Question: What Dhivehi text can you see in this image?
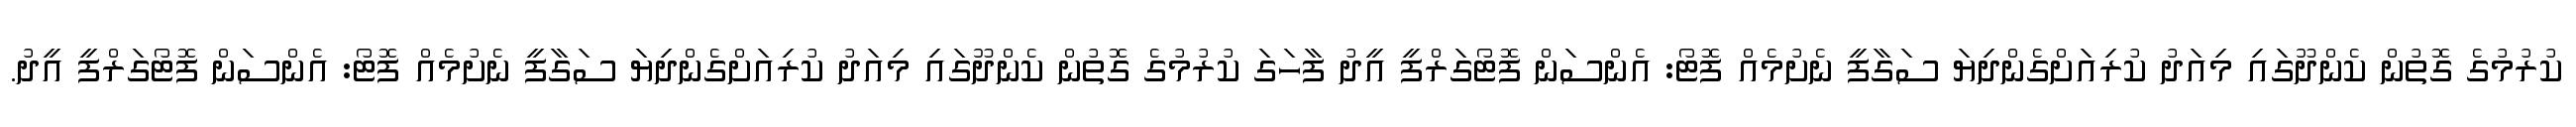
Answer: ކުރުމުގެ ގޮތުން ކެންދޫގައި މިއަދު ކުރިއަށްގެންދިޔަ ސަގާފީ ނެށުމެއް ފޮޓޯ: އެންސަން ފޮޓޯގަރްފީ އީދު ފާހަގަ ކުރުމުގެ ގޮތުން ކެންދޫގައި މިއަދު ކުރިއަށްގެންދިޔަ ސަގާފީ ނެށުމެއް ފޮޓޯ: އެންސަން ފޮޓޯގަރްފީ އީދު.